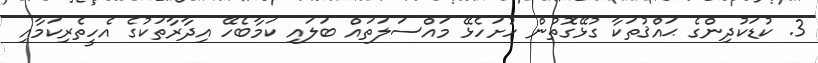
3. ކުޑަކުދިންގެ ޙައްޤުތަކާ ގުޅޭގޮތުން ހުށަހެޅޭ މައްސަލަތައް ބަލައި ކަމާބެހޭ އިދާރާތަކުގެ އެހީތެރިކަމާއި